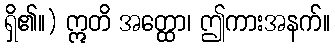
ရှိ၏။) ဣတိ အတ္ထော၊ ဤကားအနက်။